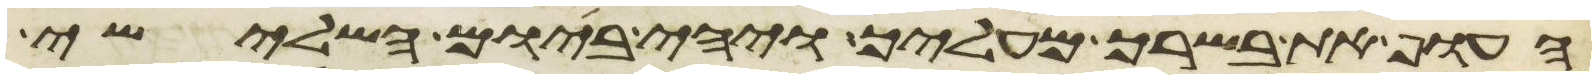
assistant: העוף את בשרך מעליך ויהי ביום השלישי